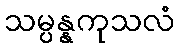
သမ္ပန္နကုသလံ